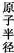
原子半径